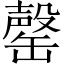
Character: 罄